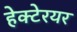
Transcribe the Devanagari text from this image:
हेक्टेरयर